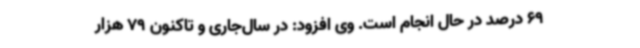
69 درصد در حال انجام است. وی افزود: در سال‌جاری و تاکنون 79 هزار